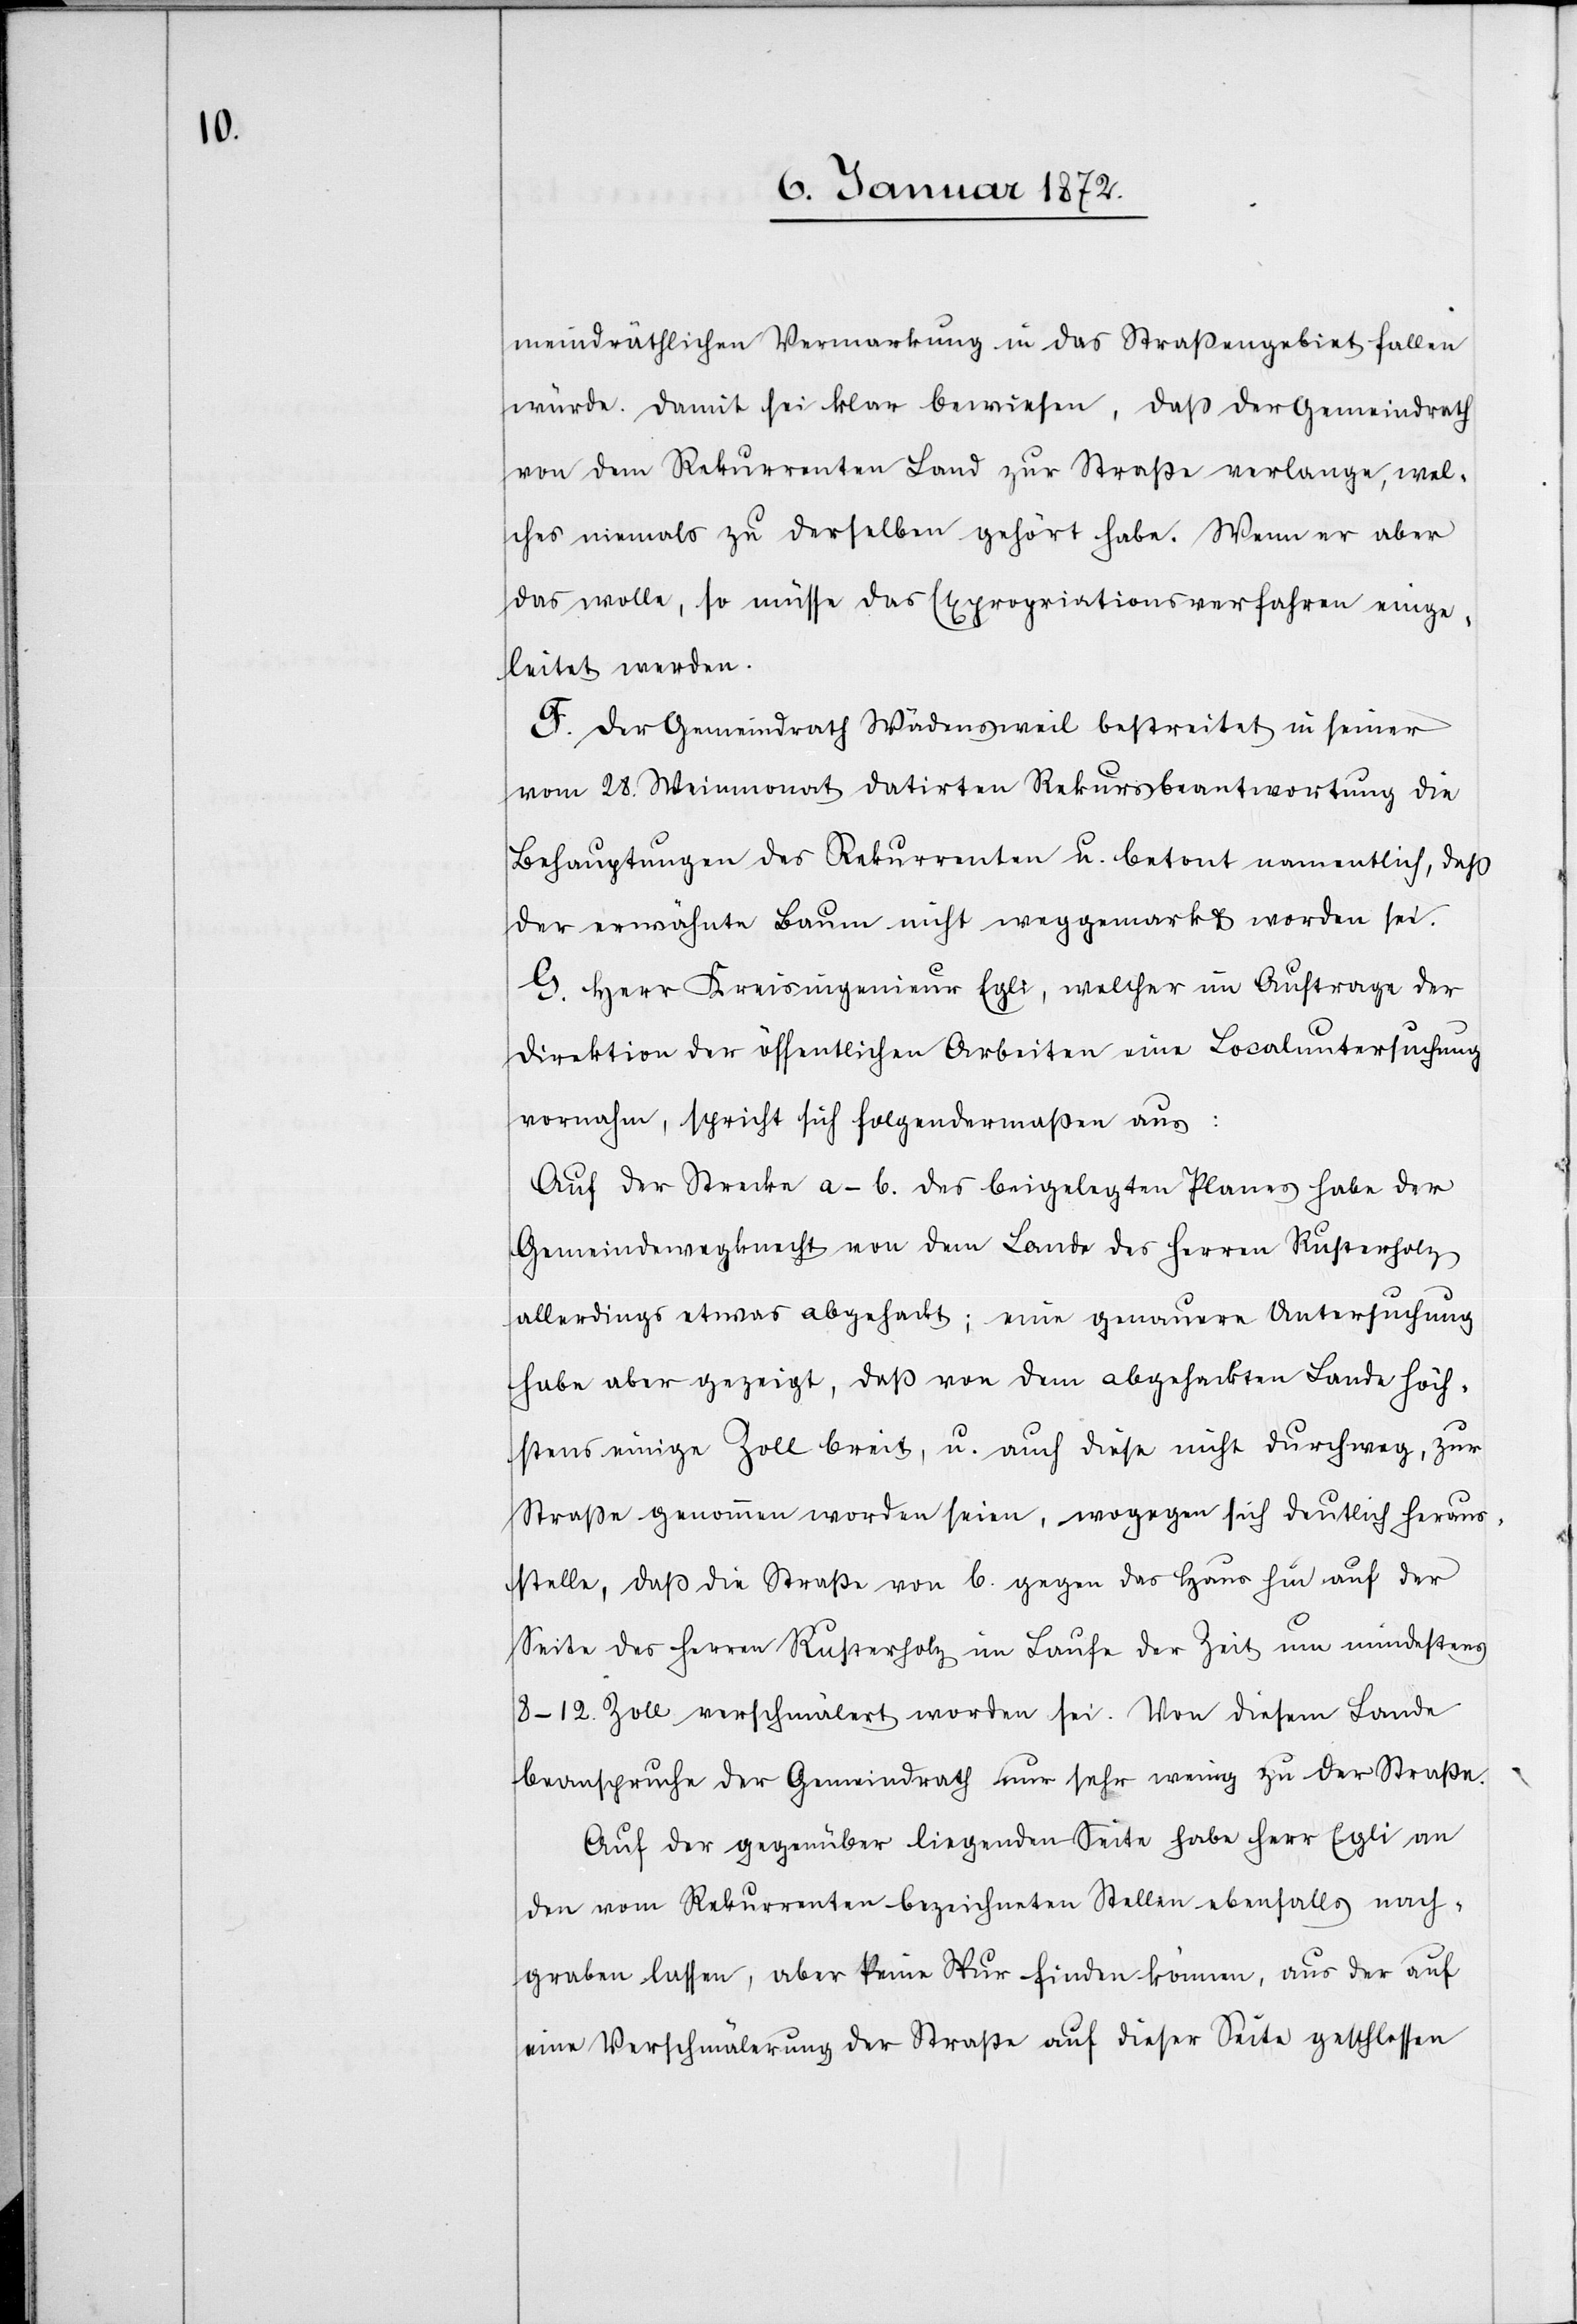
meindräthlichen Vermarkung in das Straßengebiet fallen
würde. Damit sei klar bewiesen, daß der Gemeindrath
von dem Rekurrenten Land zur Straße verlange, wel¬
ches niemals zu derselben gehört habe. Wenn er aber
das wolle, so müsse das Expropriationsverfahren einge¬
leitet werden.
F. Der Gemeindrath Wädensweil bestreitet in seiner
vom 28. Weinmonat datirten Rekursbeantwortung die
Behauptungen des Rekurrenten u. betont namentlich, daß
der erwähnte Baum nicht weggemarkt worden sei.
G. Herr Kreisingenieur Egli, welcher im Auftrage der
Direktion der öffentlichen Arbeiten eine Localuntersuchung
vornahm, spricht sich folgendermaßen aus:
Auf der Strecke a-b. des beigelegten Planes habe der
Gemeindewegknecht von dem Lande des Herren Rusterholz
allerdings etwas abgehackt; eine genauere Untersuchung
habe aber gezeigt, dass von dem abgehackten Lande höch¬
stens einige Zoll breit, u. auch diese nicht durchweg, zur
Straße genommen worden seien, wogegen sich deutlich heraus¬
stelle, daß die Straße von b. gegen das Haus hin auf der
Seite des Herren Rusterholz im Laufe der Zeit um mindestens
8-12. Zoll verschmälert worden sei. Von diesem Lande
beanspruche der Gemeindrath nur sehr wenig zu der Straße.
Auf der gegenüber liegenden Seite habe Herr Egli an
den vom Rekurrenten bezeichneten Stellen ebenfalls nach¬
graben lassen, aber keine Spur finden können, aus der auf
eine Verschmälerung der Straße auf dieser Seite geschlossen